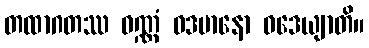
တထာဂတဿ ဝဏ္ဏံ ဝဒမာနော ဝဒေယျာတိ။